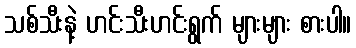
သစ်သီးနဲ့ ဟင်းသီးဟင်းရွက် များများ စားပါ။